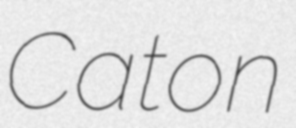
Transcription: Caton